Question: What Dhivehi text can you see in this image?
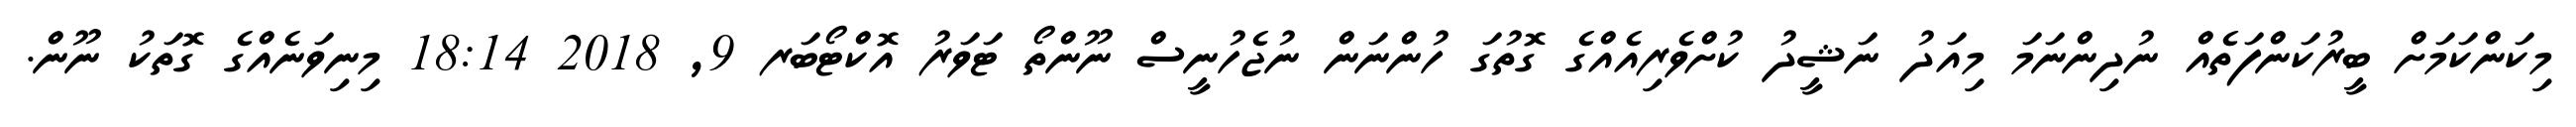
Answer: މިކަންކަމަށް ބީރުކަންފަތެއް ނުދިންނަމަ މިއަދު ނަޝީދު ކުށްވެރިއެއްގެ ގޮތުގަ ހުންނަން ނުޖެހުނީސް ނޫންތޯ ޓަވަރު އޮކްޓޯބަރ 9, 2018 18:14 މިނިވަނެއްގެ ގޮތަކު ނޫން.